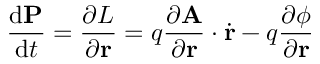
{ \frac { \mathrm { d } \mathbf { P } } { \mathrm { d } t } } = { \frac { \partial L } { \partial \mathbf { r } } } = q { \frac { \partial \mathbf { A } } { \partial \mathbf { r } } } \cdot { \dot { \mathbf { r } } } - q { \frac { \partial \phi } { \partial \mathbf { r } } } \,